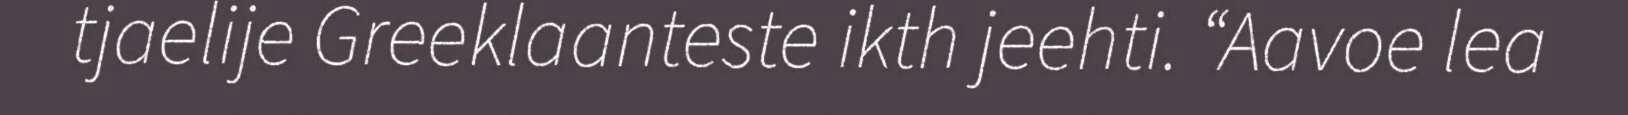
tjaelije Greeklaanteste ikth jeehti. “Aavoe lea